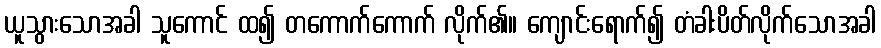
ယူသွားသောအခါ သူကောင် ထ၍ တကောက်ကောက် လိုက်၏။ ကျောင်းရောက်၍ တံခါးပိတ်လိုက်သောအခါ